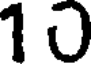
10